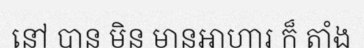
នៅ បាន មិន មានអាហារ ក៏ តាំង